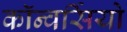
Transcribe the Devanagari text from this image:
कॉन्वर्सियो